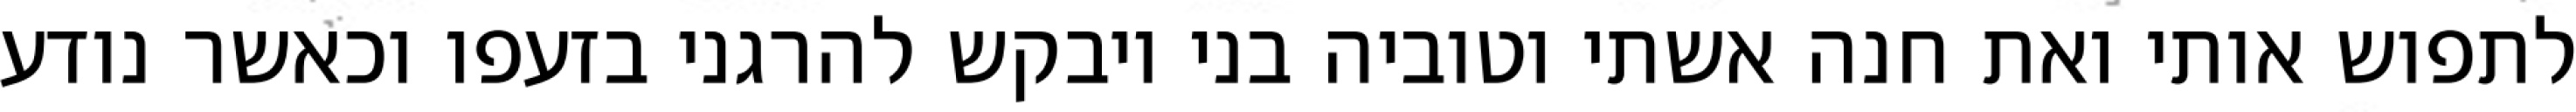
לתפוש אותי ואת חנה אשתי וטוביה בני ויבקש להרגני בזעפו וכאשר נודע